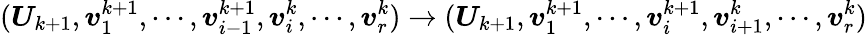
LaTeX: (\boldsymbol{U}_{k+1},\boldsymbol{v}_{1}^{k+1},\cdots,\boldsymbol{v}_{i-1}^{k+1},\boldsymbol{v}_{i}^{k},\cdots,\boldsymbol{v}_{r}^{k})\rightarrow(\boldsymbol{U}_{k+1},\boldsymbol{v}_{1}^{k+1},\cdots,\boldsymbol{v}_{i}^{k+1},\boldsymbol{v}_{i+1}^{k},\cdots,\boldsymbol{v}_{r}^{k})